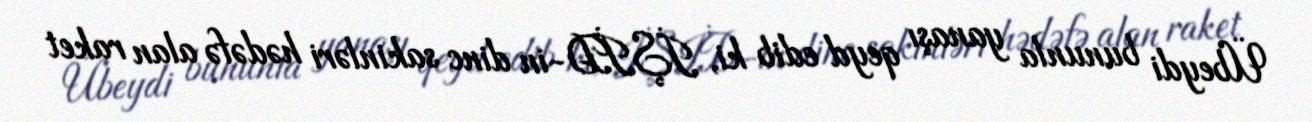
Übeydi bununla yanaşı qeyd edib ki, İŞİD-in dinc sakinləri hədəfə alan raket